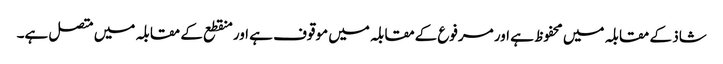
شاذ کے مقابلہ میں محفوظ ہے اور مرفوع کےمقابلہ میں موقوف ہے اور منقطع کے مقابلہ میں متصل ہے۔